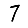
Digit: 7